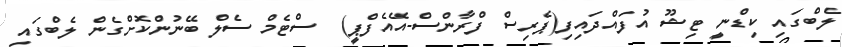
ލެބްގައި ކިޑްނީ ޓިޝޫ އުފައްދައިފި(ޕެރިސް ފްރާންސް-އޭއެފްޕީ)  ސްޓެމް ސެލް ބޭނުންކޮށްގެން ލެބްގައި